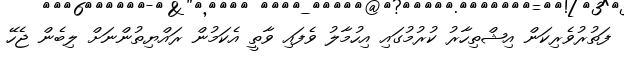
ފަތުރުވެރިކަން އިޝްތިހާރު ކުރުމުގައި އިހުމާލު ވެފައި ވާތީ އެކަމުން ރައްޔިތުންނަށް ލިބެން ޖެހޭ